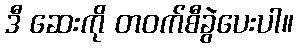
ဒီ ဆေးကို တဝက်စီခွဲပေးပါ။